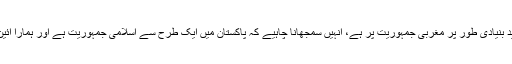
اسی طرح جمہوریت کو باطل نظام قرار دینے والوں کی تنقید بنیادی طور پر مغربی جمہوریت پر ہے، انہیں سمجھانا چاہیے کہ پاکستان میں ایک طرح سے اسلامی جمہوریت ہے اور ہمارا آئین شریعت کے خلاف کوئی قانون بنانے کی اجازت نہیں دیتا۔